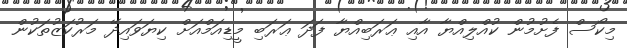
މިކޯސް ފެށުމުން ކުއްލިއްޔާ އާއި ޢަރަބިއްޔާ ފަދަ ޢަރަބި މީޑިއަމްއަށް ކިޔަވައިދޭ މަރުކަޒުތަކުން